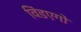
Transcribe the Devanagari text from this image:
विंडएगो